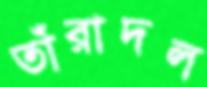
তাঁরাদল